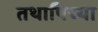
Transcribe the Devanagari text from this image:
तथापिच्या